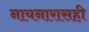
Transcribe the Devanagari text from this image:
नायनारासही